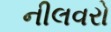
નીલવરો